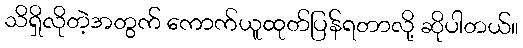
သိရှိလိုတဲ့အတွက် ကောက်ယူထုတ်ပြန်ရတာလို့ ဆိုပါတယ်။